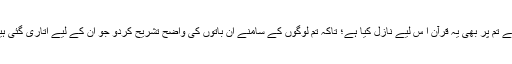
ہم نے تم پر بھی یہ قرآن ا س لیے نازل کیا ہے؛ تاکہ تم لوگوں کے سامنے ان باتوں کی واضح تشریح کردو جو ان کے لیے اتاری گئی ہیں“۔